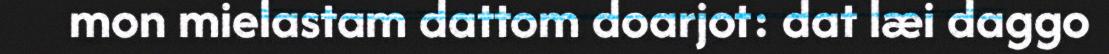
mon mielastam dattom doarjot: dat læi daggo